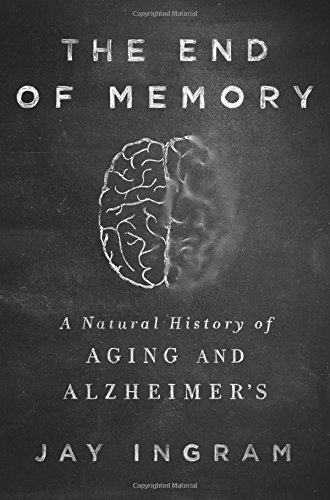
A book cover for The End of Memory: A Natural History of Aging and Alzheimer's; Jay Ingram; Health, Fitness & Dieting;